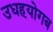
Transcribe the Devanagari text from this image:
उधहयोगब